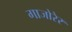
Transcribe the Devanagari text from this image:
गाजोरेर